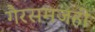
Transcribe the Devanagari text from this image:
गैरसमजही